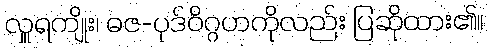
လှူရကျိုး၊ ဓဇ-ပုဒ်ဝိဂ္ဂဟကိုလည်း ပြဆိုထား၏။